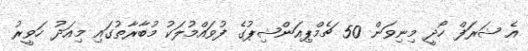
އެ ޝަރަފް ހޯދީ މިނިވަން 50 ޗެމްޕިއަންޝިޕުގެ ފުވައްމުލަކު މުބާރާތުގައި މިއަދު ހަވީރު